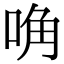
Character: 唃